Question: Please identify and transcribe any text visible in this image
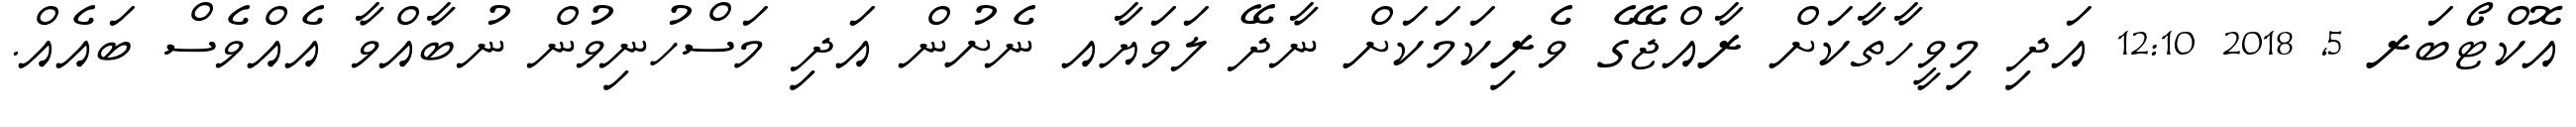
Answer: އޮކްޓޯބަރ 5, 2018 12:10 އަދި މިވީހާތާކަށް ރާއްޖޭގެ ވެރިކަމަކަށް ނާދޭ ލަވަޔާއ ނެށުން އަދި މަސްހުނިވުން ނުބާއްވާ އެއްވެސް ބައެއް.